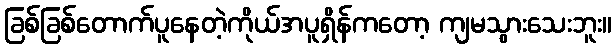
ခြစ်ခြစ်တောက်ပူနေတဲ့ကိုယ်အပူရှိန်ကတော့ ကျမသွားသေးဘူး။